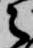
之